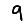
Digit: 9